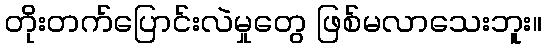
တိုးတက်ပြောင်းလဲမှုတွေ ဖြစ်မလာသေးဘူး။